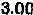
3.00